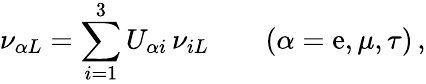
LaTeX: \nu_{{\alpha}L}=\sum_{i=1}^{3}U_{{\alpha}i}\, \nu_{iL}\qquad(\alpha=\mathrm{e},\mu,\tau)\, ,